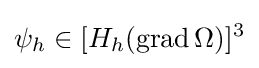
\psi _{h}\in [H_{h}(\operatorname {grad} \Omega )]^{3}